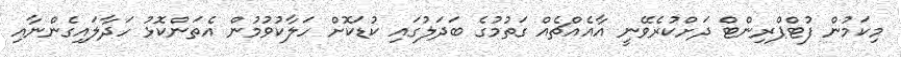
މިކަމުން ފުޓްޕްރިންޓް ދަށްކުރެވޭނީ އާއެއްޗެއް ގަތުމުގެ ބަދަލުގައި ކުޑަކޮށް ހަލާކުވުމުން އެތަންކޮޅު ހަދާލައިގެންނާއި